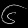
Digit: ၆